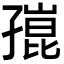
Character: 𡦒